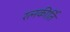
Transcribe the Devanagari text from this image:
रत्‍नकीर्ति